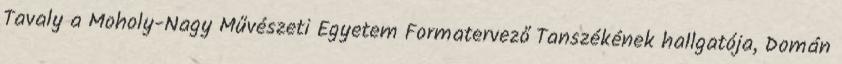
Tavaly a Moholy-Nagy Művészeti Egyetem Formatervező Tanszékének hallgatója, Domán